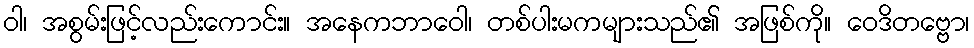
ဝါ၊ အစွမ်းဖြင့်လည်းကောင်း။ အနေကဘာဝေါ၊ တစ်ပါးမကများသည်၏ အဖြစ်ကို။ ဝေဒိတဗ္ဗော၊